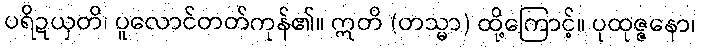
ပရိဍယှတိ၊ ပူလောင်တတ်ကုန်၏။ ဣတိ (တသ္မာ) ထို့ကြောင့်။ ပုထုဇ္ဇနော၊